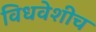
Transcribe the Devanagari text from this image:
विधवेशीच